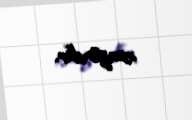
zəngindir.